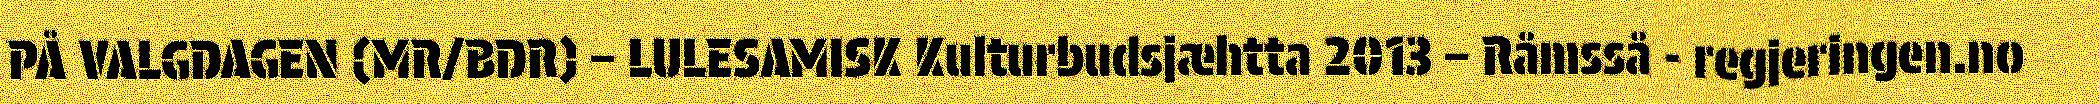
PÅ VALGDAGEN (MR/BDR) – LULESAMISK Kulturbudsjæhtta 2013 – Råmsså - regjeringen.no